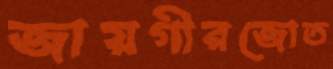
জায়গীরজোত